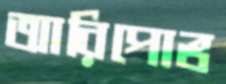
আরিপোভ